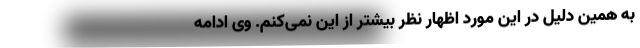
به همین دلیل در این مورد اظهار نظر بیشتر از این نمی‌کنم. وی ادامه